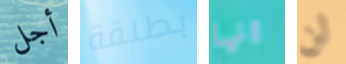
أجل بطلقة انها لن